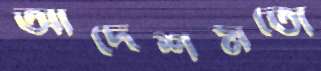
আদেশমতো